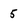
Character: 5